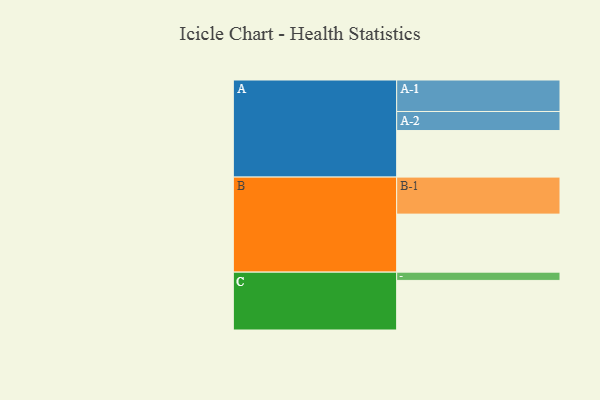
{"axis": {"x": "Segment", "y": "Value"}, "legend": ["", "A", "B", "C"], "data": [{"x": "A", "y": 337, "type": ""}, {"x": "B", "y": 420, "type": ""}, {"x": "C", "y": 359, "type": ""}, {"x": "A-1", "y": 228, "type": "A"}, {"x": "A-2", "y": 138, "type": "A"}, {"x": "B-1", "y": 268, "type": "B"}, {"x": "C-1", "y": 60, "type": "C"}]}